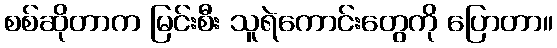
စစ်ဆိုတာက မြင်းစီး သူရဲကောင်းတွေကို ပြောတာ။